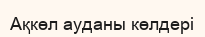
Ақкөл ауданы көлдері